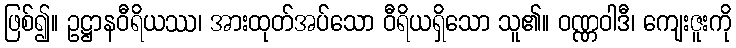
ဖြစ်၍။ ဥဋ္ဌာနဝီရိယဿ၊ အားထုတ်အပ်သော ဝီရိယရှိသော သူ၏။ ဝဏ္ဏဝါဒီ၊ ကျေးဇူးကို